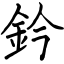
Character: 鈐